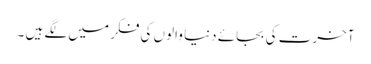
آخرت کی بجائے دنیا والوں کی فکر میں لگے ہیں ۔